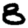
Digit: 8